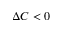
\Delta C < 0